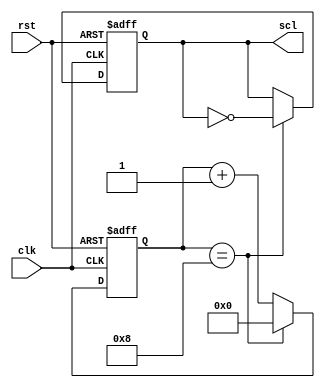
module i2c_timing_control (
    input wire clk,
    input wire rst,
    output reg scl
);

reg [3:0] count;

always @(posedge clk or posedge rst) begin
    if (rst) begin
        scl <= 1'b0;
        count <= 4'b0000;
    end else begin
        if (count == 4'b1000) begin
            scl <= ~scl;
            count <= 4'b0000;
        end else begin
            count <= count + 1;
        end
    end
end

endmodule